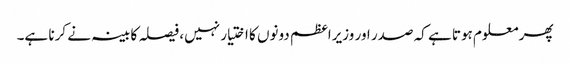
پھر معلوم ہوتا ہے کہ صدر اور وزیراعظم دونوں کا اختیار نہیں، فیصلہ کابینہ نے کرنا ہے۔